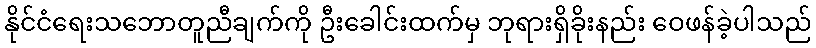
နိုင်ငံရေးသဘောတူညီချက်ကို ဦးခေါင်းထက်မှ ဘုရားရှိခိုးနည်း ဝေဖန်ခဲ့ပါသည်